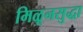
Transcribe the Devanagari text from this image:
मिळूनसुद्धा